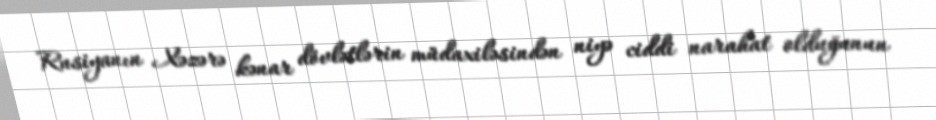
Rusiyanın Xəzərə kənar dövlətlərin müdaxiləsindən niyə ciddi narahat olduğunun